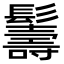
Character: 𩯦